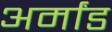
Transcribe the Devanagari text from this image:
अर्मांड